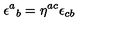
\epsilon ^ { a } { } _ { b } = \eta ^ { a c } \epsilon _ { c b }